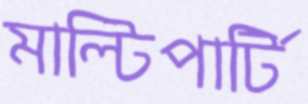
মাল্টিপার্টি